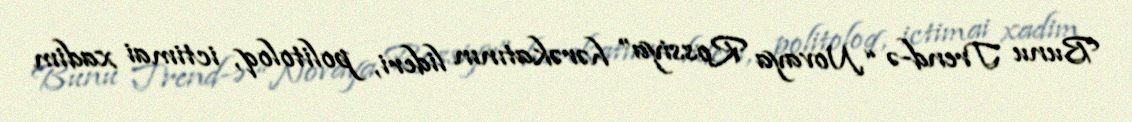
Bunu Trend-ə “Novaya Rossiya” hərəkatının lideri, politoloq, ictimai xadim